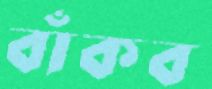
বাঁকব